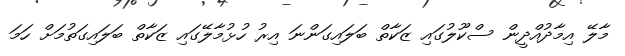
މާލޭ އިމާދުއްދީން ސްކޫލުގައި ޒަކާތް ބަލައިގަންނަ އިރު ހުޅުމާލޭގައި ޒަކާތް ބަލައިގަތުމަށް ހަމަ